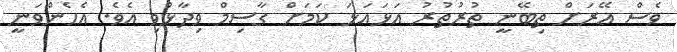
ވެސް އޭރަށް ތިބޭނީ ތުރުތުރު އަޅައަޅަ ކަމަށް ގާސިމް ވިދާޅުވި އެވެ. އެހެންވަނީ